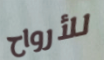
للأرواح